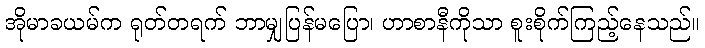
အိုမာခယမ်က ရုတ်တရက် ဘာမျှပြန်မပြော၊ ဟာစာနီကိုသာ စူးစိုက်ကြည့်နေသည်။